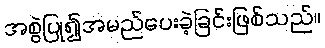
အစွဲပြု၍အမည်ပေးခဲ့ခြင်းဖြစ်သည်။